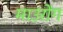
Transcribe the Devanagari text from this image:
माउरोंग